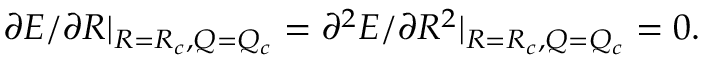
\partial E / \partial R | _ { R = R _ { c } , Q = Q _ { c } } = \partial ^ { 2 } E / \partial R ^ { 2 } | _ { R = R _ { c } , Q = Q _ { c } } = 0 .